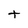
Character: t